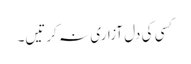
کسی کی دل آزاری نہ کرتیں۔